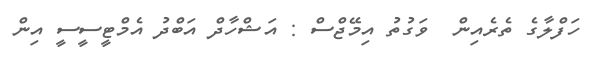
ހަފްލާގެ ތެރެއިން  ވަގުތު އިމޭޖްސް : އަޝްހާދް އަބްދު އެމްޓީސީސީ އިން